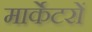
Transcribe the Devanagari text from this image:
मार्केटरों